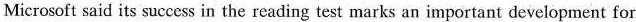
Microsoft said its success in the reading test marks an important development for